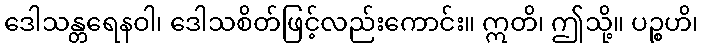
ဒေါသန္တရေနဝါ၊ ဒေါသစိတ်ဖြင့်လည်းကောင်း။ ဣတိ၊ ဤသို့။ ပဉ္စဟိ၊